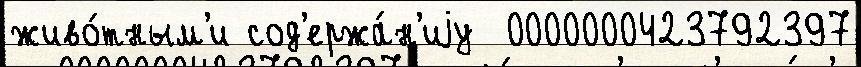
живо́тным'и сод'ержа́н'иjу  0000000423792397